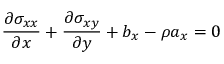
\frac { \partial \sigma _ { x x } } { \partial x } + \frac { \partial \sigma _ { x y } } { \partial y } + b _ { x } - \rho a _ { x } = 0